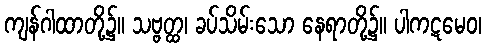
ကျန်ဂါထာတို့၌။ သဗ္ဗတ္ထ၊ ခပ်သိမ်းသော နေရာတို့၌။ ပါကဋမေဝ၊